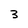
Character: 3